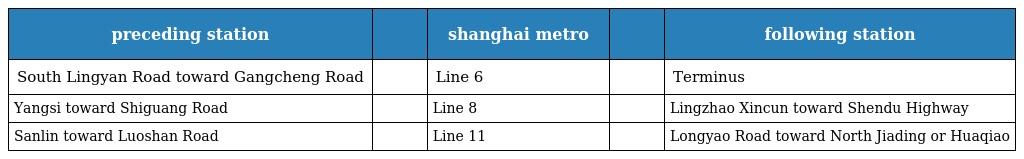
| preceding station |  | shanghai metro |  | following station |
 | --- | --- | --- | --- | --- |
 | South Lingyan Road toward Gangcheng Road |  | Line 6 |  | Terminus |
 | Yangsi toward Shiguang Road |  | Line 8 |  | Lingzhao Xincun toward Shendu Highway |
 | Sanlin toward Luoshan Road |  | Line 11 |  | Longyao Road toward North Jiading or Huaqiao |